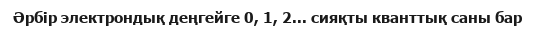
Әрбір электрондық деңгейге 0, 1, 2... сияқты кванттық саны бар